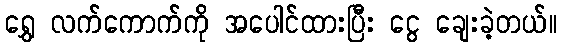
ရွှေ လက်ကောက်ကို အပေါင်ထားပြီး ငွေ ချေးခဲ့တယ်။